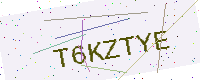
Text: T6KZTYE